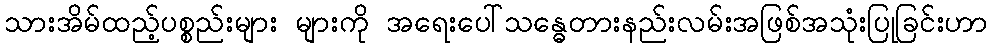
သားအိမ်ထည့်ပစ္စည်းများ များကို အရေးပေါ်သန္ဓေတားနည်းလမ်းအဖြစ်အသုံးပြုခြင်းဟာ